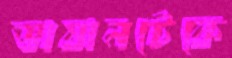
ভাষানটেকে